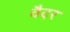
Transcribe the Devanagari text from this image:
वैदर